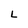
Character: L